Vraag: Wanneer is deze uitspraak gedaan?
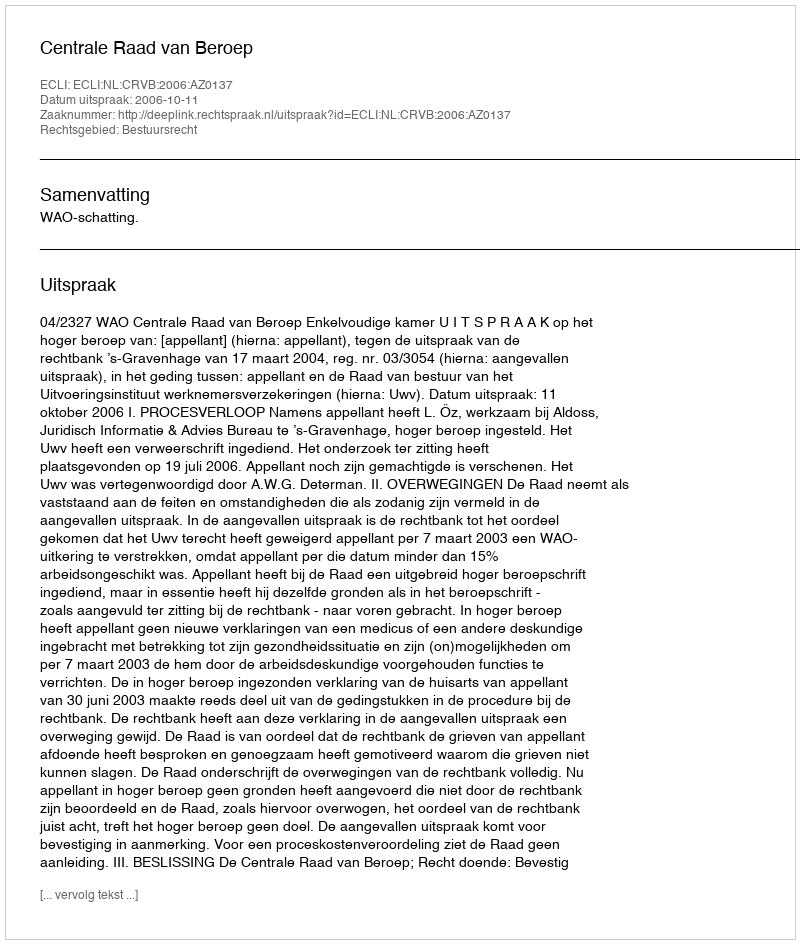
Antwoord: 2006-10-11